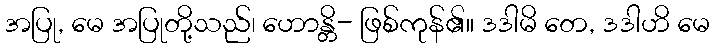
အပြု, မေ အပြုတို့သည်၊ ဟောန္တိ- ဖြစ်ကုန်၏။ ဒဒါမိ တေ, ဒဒါဟိ မေ